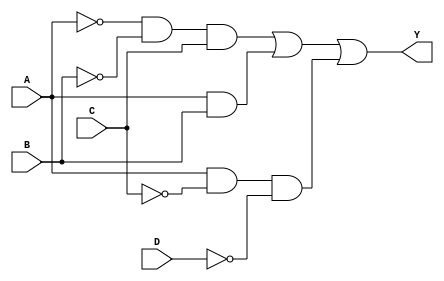
module sop_simplification (
    input wire A,   // Input A
    input wire B,   // Input B
    input wire C,   // Input C
    input wire D,   // Input D
    output wire Y   // Output Y
);

// Intermediate signals for the SOP expression
wire A_inv; // A'
wire B_inv; // B'
wire C_inv; // C'
wire D_inv; // D'

wire term1; // A' B' C
wire term2; // A B
wire term3; // A C' D'

// Inverting the inputs
not (A_inv, A);
not (B_inv, B);
not (C_inv, C);
not (D_inv, D);

// Generating product terms
and (term1, A_inv, B_inv, C); // A' B' C
and (term2, A, B);             // A B
and (term3, A, C_inv, D_inv);  // A C' D'

// Final OR operation to combine the product terms
or (Y, term1, term2, term3);

endmodule